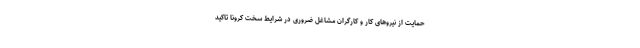
حمایت از نیروهای کار و کارگران مشاغل ضروری در شرایط سخت کرونا تاکید